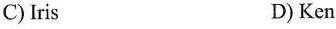
C) Iris D) Ken